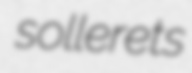
sollerets